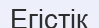
Егістік